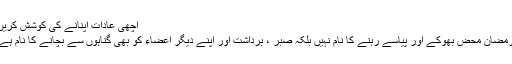
اچھی عادات اپنانے کی کوشش کریں
رمضان محض بھوکے اور پیاسے رہنے کا نام نہیں بلکہ صبر ، برداشت اور اپنے دیگر اعضاء کو بھی گناہوں سے بچانے کا نام ہے۔